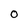
Character: 0